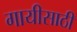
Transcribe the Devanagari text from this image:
गायीसाठी